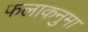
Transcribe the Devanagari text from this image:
फलाकनुमा